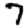
Digit: 7